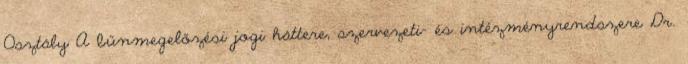
Osztály A bűnmegelőzési jogi háttere, szervezeti- és intézményrendszere Dr.